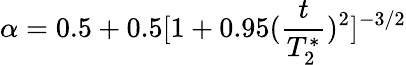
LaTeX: \alpha=0.5+0.5[1+0.95(\frac{t}{T_{2}^{*}})^{2}]^{-3/2}